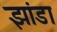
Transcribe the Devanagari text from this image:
झांडा